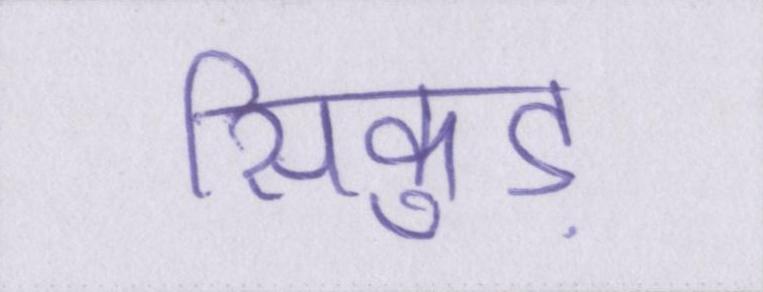
सिकुड़